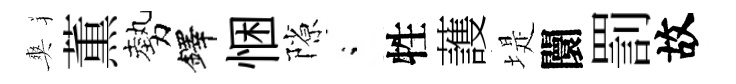
爽薫勢鐸悃隙閤牲䕶堤闤罰故